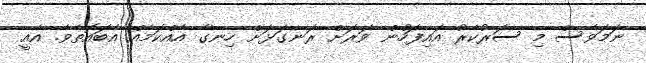
ނަމަވެސް މި ސަރުކާރު އައިފަހުން ވަރަށް ރަނގަޅަށް ހިނގާ އެއްކަމެއް އެބައޮތެވެ. އެއީ